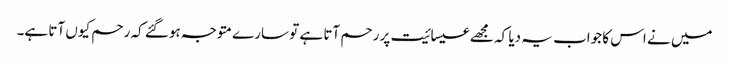
میں نے اس کا جواب یہ دیا کہ مجھے عیسائیت پر رحم آتا ہے تو سارے متوجہ ہوگئے کہ رحم کیوں آتا ہے۔